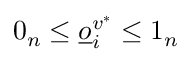
0 _ { n } \leq \underline { o } _ { i } ^ { v ^ { * } } \leq 1 _ { n }